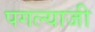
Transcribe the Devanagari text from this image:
पगल्याजी